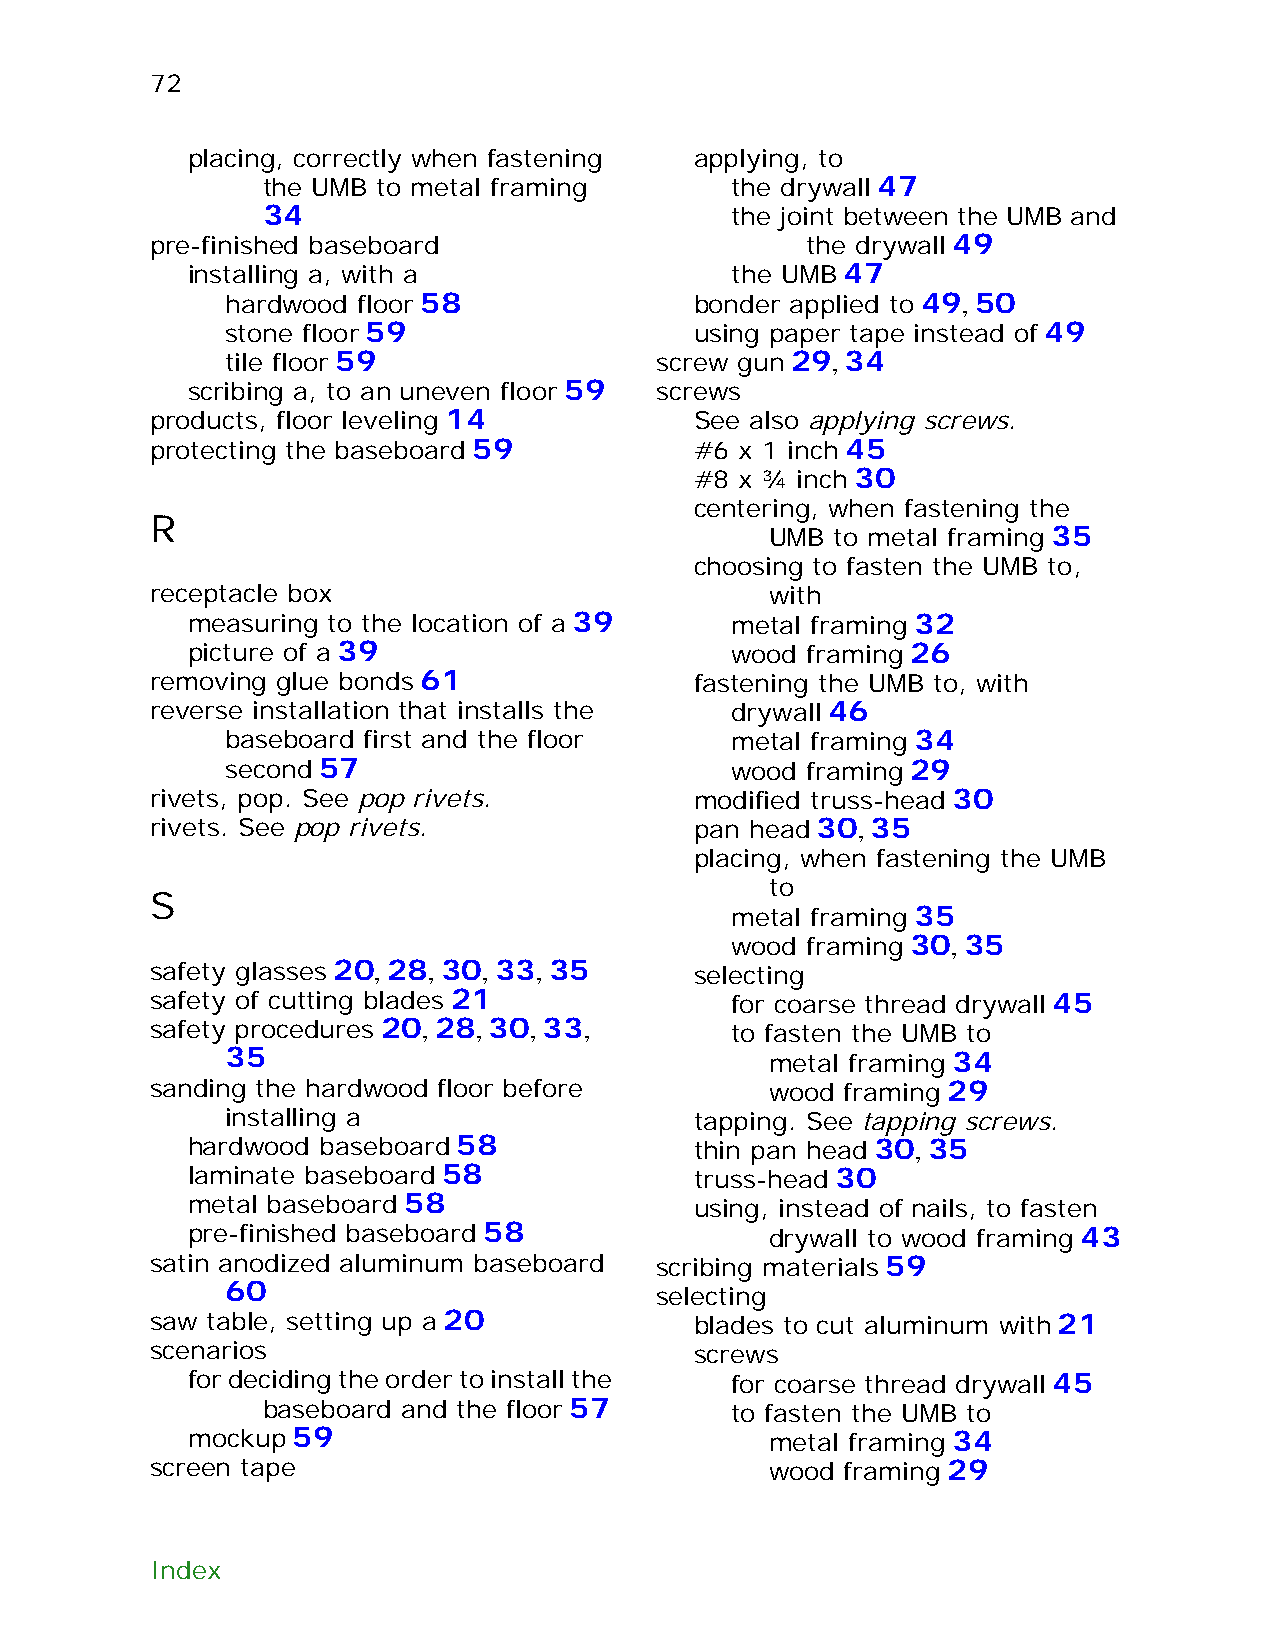
72
 placing, correctly when fastening applying, to
 the UMB to metal framing       the drywall 47
 34                             the joint between the UMB and
 pre-finished baseboard                     the drywall 49
 installing a, with a                the UMB 47
 hardwood floor 58              bonder applied to 49, 50
 stone floor 59                 using paper tape instead of 49
 tile floor 59               screw gun 29, 34
 scribing a, to an uneven floor 59 screws
 products, floor leveling 14         See also applying screws.
 protecting the baseboard 59         #6 x 1 inch 45
 #8 x ¾ inch 30
 centering, when fastening the
 R
 UMB to metal framing 35
 choosing to fasten the UMB to,
 receptacle box                           with
 measuring to the location of a 39   metal framing 32
 picture of a 39                     wood framing 26
 removing glue bonds 61              fastening the UMB to, with
 reverse installation that installs the drywall 46
 baseboard first and the floor    metal framing 34
 second 57                        wood framing 29
 rivets, pop. See pop rivets.        modified truss-head 30
 rivets. See pop rivets.             pan head 30, 35
 placing, when fastening the UMB
 to
 S
 metal framing 35
 wood framing 30, 35
 safety glasses 20, 28, 30, 33, 35   selecting
 safety of cutting blades 21           for coarse thread drywall 45
 safety procedures 20, 28, 30, 33,     to fasten the UMB to
 35                                  metal framing 34
 sanding the hardwood floor before        wood framing 29
 installing a                   tapping. See tapping screws.
 hardwood baseboard 58             thin pan head 30, 35
 laminate baseboard 58             truss-head 30
 metal baseboard 58                using, instead of nails, to fasten
 pre-finished baseboard 58              drywall to wood framing 43
 satin anodized aluminum baseboard scribing materials 59
 60
 selecting
 saw table, setting up a 20          blades to cut aluminum with 21
 scenarios                           screws
 for deciding the order to install the for coarse thread drywall 45
 baseboard and the floor 57     to fasten the UMB to
 mockup 59                              metal framing 34
 screen tape                              wood framing 29
 Index